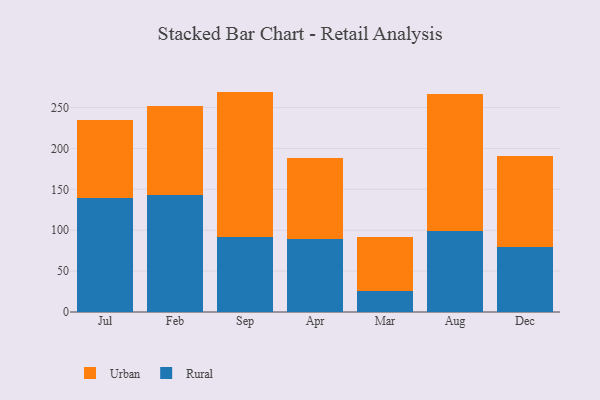
{"axis": {"x": "Month", "y": "Active Users"}, "legend": ["Rural", "Urban"], "data": [{"x": "Jul", "y": 139.4, "type": "Rural"}, {"x": "Jul", "y": 95.7, "type": "Urban"}, {"x": "Feb", "y": 142.7, "type": "Rural"}, {"x": "Feb", "y": 109.1, "type": "Urban"}, {"x": "Sep", "y": 91.9, "type": "Rural"}, {"x": "Sep", "y": 177.6, "type": "Urban"}, {"x": "Apr", "y": 88.8, "type": "Rural"}, {"x": "Apr", "y": 99.6, "type": "Urban"}, {"x": "Mar", "y": 25.6, "type": "Rural"}, {"x": "Mar", "y": 65.7, "type": "Urban"}, {"x": "Aug", "y": 99.2, "type": "Rural"}, {"x": "Aug", "y": 167.5, "type": "Urban"}, {"x": "Dec", "y": 79.9, "type": "Rural"}, {"x": "Dec", "y": 111.2, "type": "Urban"}]}